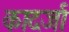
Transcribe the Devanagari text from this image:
कादर्जा